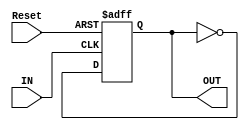
module CLK_DIV2 (
input       Reset,
input       IN,
output  reg OUT
);

always @ (posedge IN or posedge Reset)
    if (Reset)
        OUT     <=0;  
    else
        OUT     <=!OUT;    
    
endmodule